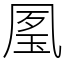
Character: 㓘